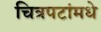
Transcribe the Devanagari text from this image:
चित्रपटांमधे